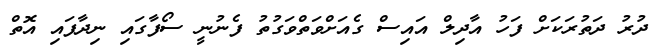
ދުރު ދަތުރަކަށް ފަހު އާދިލް އައިސް ގެއަށްވަތްވަގުތު ފެނުނީ ސޯފާގައި ނިދާފައި އޮތް